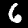
Label: 6